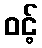
ဝင့်